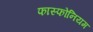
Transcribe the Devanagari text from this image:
फास्फोनियम